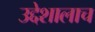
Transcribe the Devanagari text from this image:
उद्देशालाच